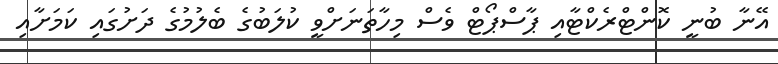
އޭނާ ބުނީ ކޮންޓްރެކްޓާއި ޕާސްޕޯޓް ވެސް މިހާތަނަށްވީ ކުލަބުގެ ބެލުމުގެ ދަށުގައި ކަމަށާއި